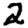
Digit: 2